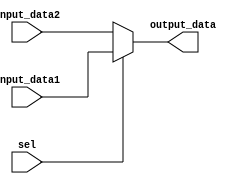
`timescale 1ns/1ns
module mux2to1(
				input [31:0]input_data1,
				input [31:0]input_data2,
				input sel,
				output [31:0]output_data
				);
assign output_data=(sel)?input_data1:input_data2;
endmodule